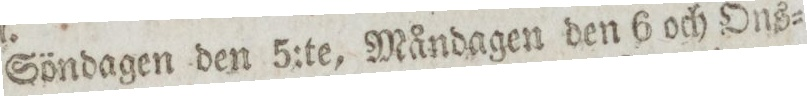
Söndagen den 5:te. Måndagen den 6 och Ons=